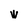
Character: w